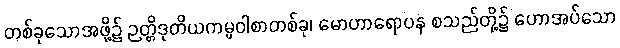
တစ်ခုသောအဖို့၌ ဉတ္တိဒုတိယကမ္မဝါစာတစ်ခု၊ မောဟာရောပန စသည်တို့၌ ဟောအပ်သော